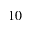
1 0